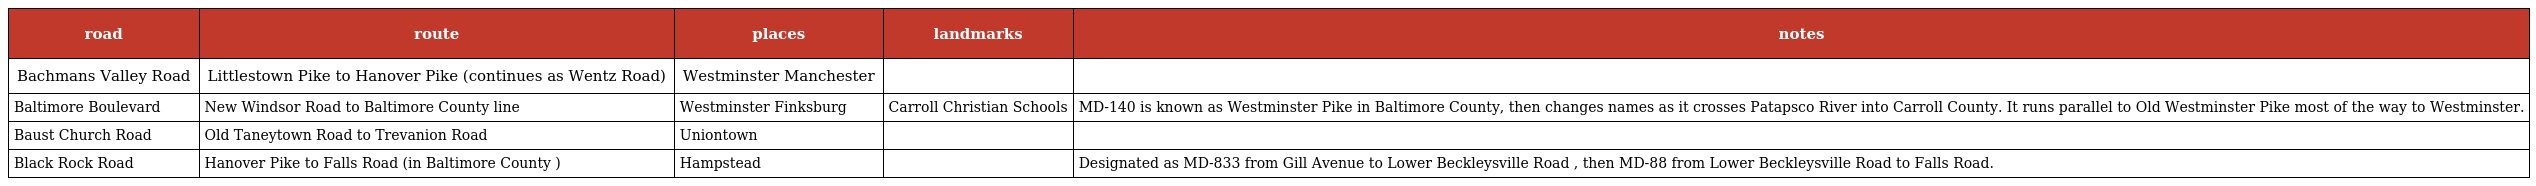
| road | route | places | landmarks | notes |
 | --- | --- | --- | --- | --- |
 | Bachmans Valley Road | Littlestown Pike to Hanover Pike (continues as Wentz Road) | Westminster Manchester |  |  |
 | Baltimore Boulevard | New Windsor Road to Baltimore County line | Westminster Finksburg | Carroll Christian Schools | MD-140 is known as Westminster Pike in Baltimore County, then changes names as it crosses Patapsco River into Carroll County. It runs parallel to Old Westminster Pike most of the way to Westminster. |
 | Baust Church Road | Old Taneytown Road to Trevanion Road | Uniontown |  |  |
 | Black Rock Road | Hanover Pike to Falls Road (in Baltimore County ) | Hampstead |  | Designated as MD-833 from Gill Avenue to Lower Beckleysville Road , then MD-88 from Lower Beckleysville Road to Falls Road. |